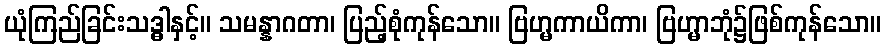
ယုံကြည်ခြင်းသဒ္ဓါနှင့်။ သမန္နာဂတာ၊ ပြည့်စုံကုန်သော။ ဗြဟ္မကာယိကာ၊ ဗြဟ္မာဘုံ၌ဖြစ်ကုန်သော။